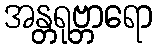
အန္တရုဗ္ဘာရော